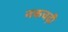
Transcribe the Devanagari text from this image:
नकचढ़ी